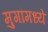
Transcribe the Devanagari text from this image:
मुगांमध्ये